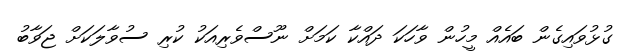
ގުޅުވައިގެން ބައެއް މީހުން ވާހަކަ ދައްކާ ކަމަށް ނޫސްވެރިއަކު ކުރި ސުވާލަކަށް ޖަވާބު